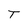
Character: T